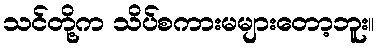
သင်တို့က သိပ်စကားမများတော့ဘူး။